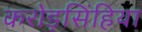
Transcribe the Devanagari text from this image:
करोड़सिंहिया